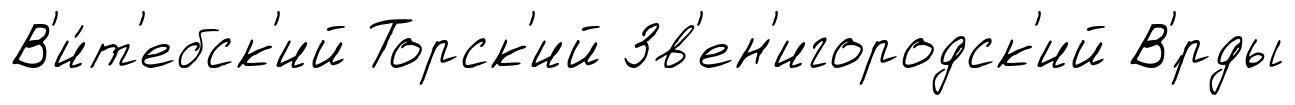
В'и́т'ебск'ий Торск'ий Зв'ен'игородск'ий В'́рды